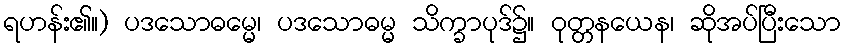
ရဟန်း၏။) ပဒသောဓမ္မေ၊ ပဒသောဓမ္မ သိက္ခာပုဒ်၌။ ဝုတ္တနယေန၊ ဆိုအပ်ပြီးသော